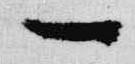
一